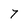
Character: 7